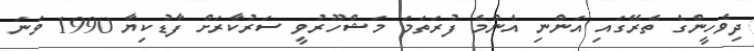
ދިވެހީންގެ ތެރޭގައި އަންނި އެންމެ ފުރަތަމަ މަޝްހޫރުވީ ސަރުކާރަށް ފާޑުކިޔާ 1990 ވަނަ